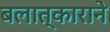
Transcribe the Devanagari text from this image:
बलात्काराने